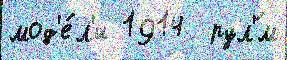
мод'е́л'и 1914  рул'́м